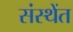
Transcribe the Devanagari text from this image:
संस्थेंत